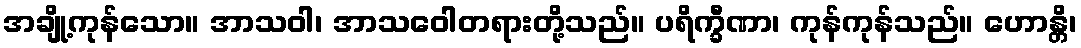
အချို့ကုန်သော။ အာသဝါ၊ အာသဝေါတရားတို့သည်။ ပရိက္ခီဏာ၊ ကုန်ကုန်သည်။ ဟောန္တိ၊